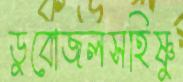
ডুবোজলসহিষ্ণু